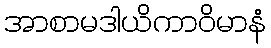
အာစာမဒါယိကာဝိမာနံ